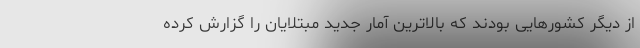
از دیگر کشورهایی بودند که بالاترین آمار جدید مبتلایان را گزارش کرده